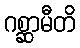
ဂစ္ဆာမီတိ